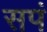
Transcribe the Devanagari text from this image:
सपं